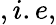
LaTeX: ,i.e,